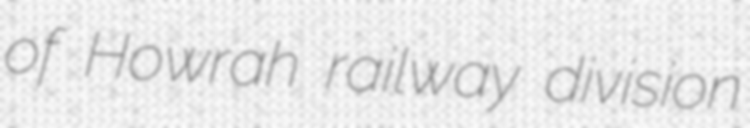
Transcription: of Howrah railway division